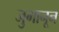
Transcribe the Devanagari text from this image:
जुमानून